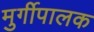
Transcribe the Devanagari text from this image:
मुर्गीपालक